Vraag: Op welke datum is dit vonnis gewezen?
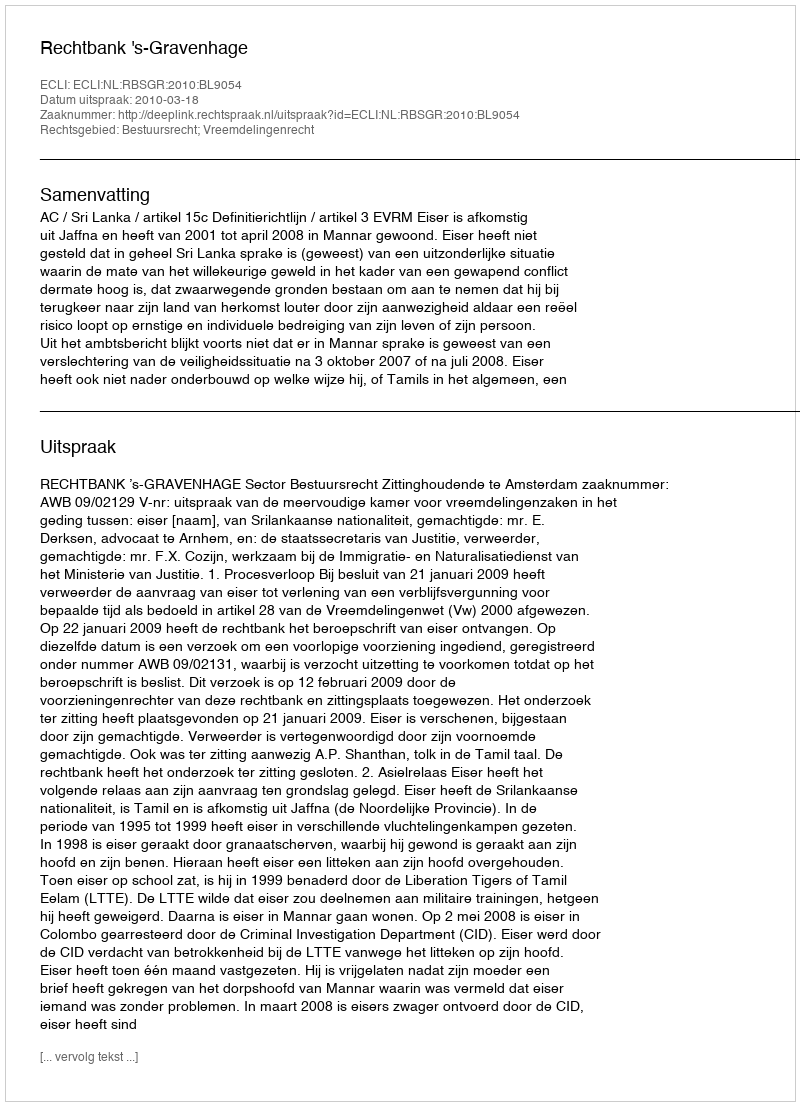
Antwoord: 2010-03-18